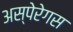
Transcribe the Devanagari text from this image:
अस्पेरेगस